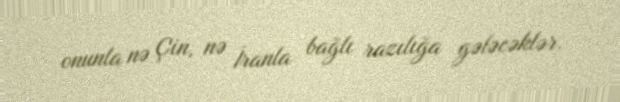
onunla nə Çin, nə İranla bağlı razılığa gələcəklər.